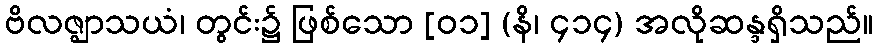
ဗိလဇ္ဈာသယံ၊ တွင်း၌ ဖြစ်သော [၀၁] (နိ၊ ၄၁၄) အလိုဆန္ဒရှိသည်။